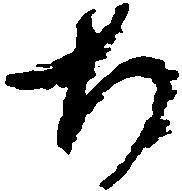
ち